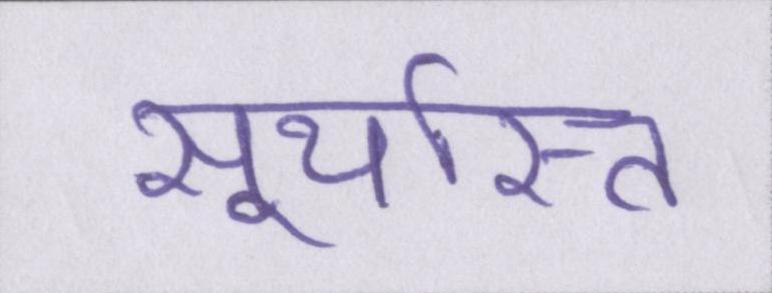
सूर्यास्त